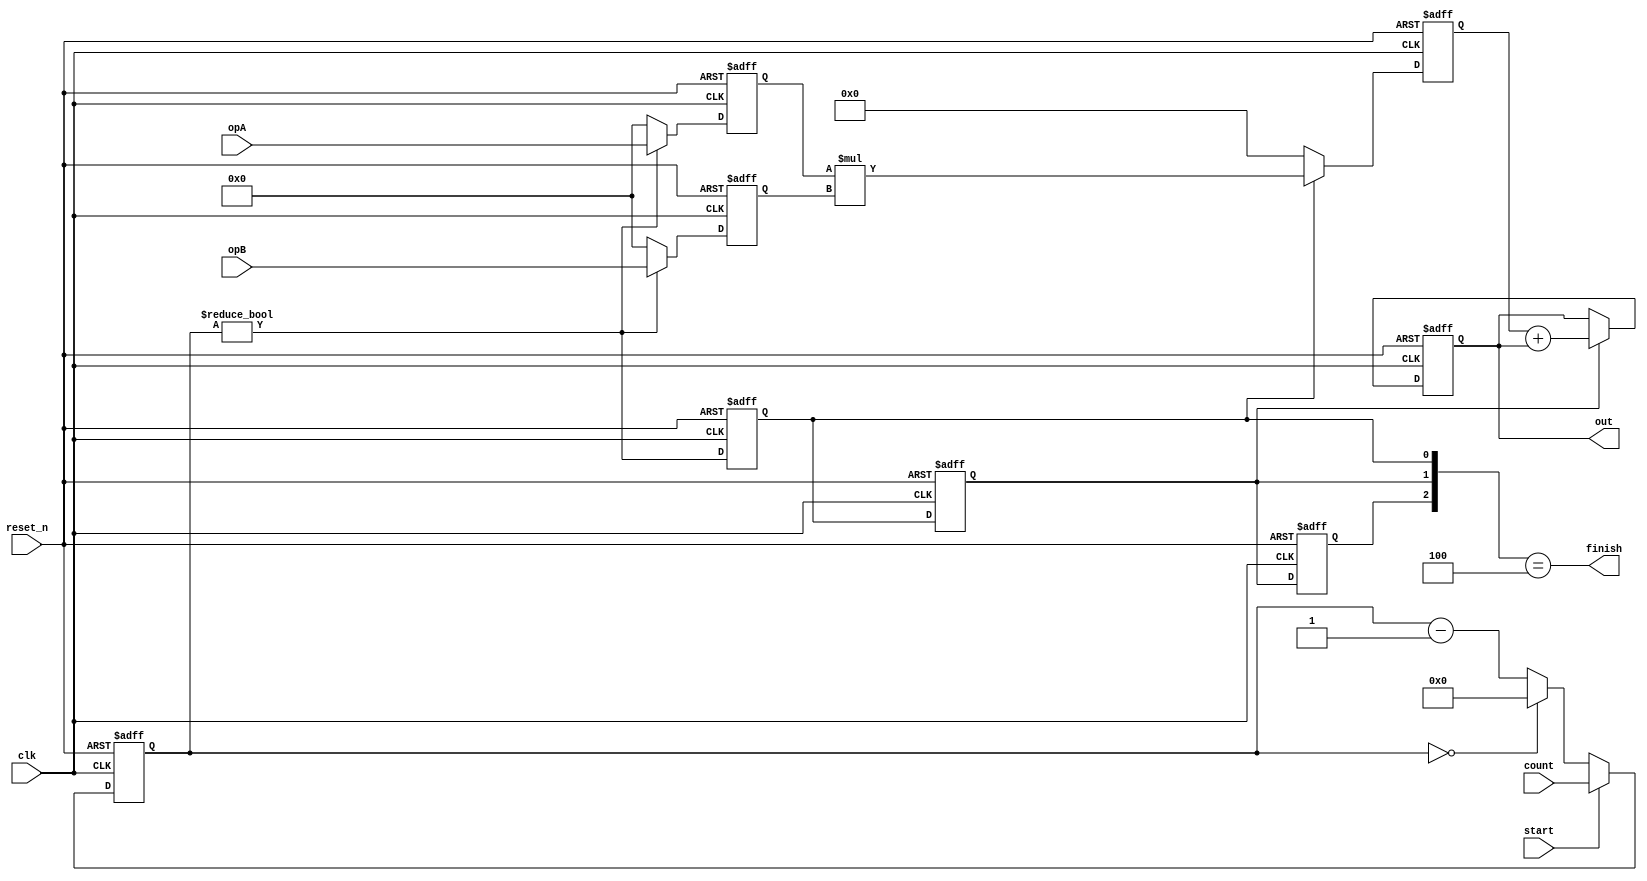
module pipeMAC (clk, reset_n, opA, opB, start, count, finish, out);
   input clk, reset_n;
   input start;
   input [4:0] count;
   input signed [7:0] opA, opB;
   
   output finish;
   output signed [15:0] out;

   //Pipe Reg0 - MUL - Pipe Reg1 - ADD - Pipe Reg2 ->OUT

   reg   [4:0] creg;
   wire   Zero = (creg == 0);   // counter is zero
   wire   en = (creg != 0); // en when counter reg is not zero
   
   
   //Simple Counter-based CTRL
   // If start -> Set creg to count. If Zero -> Stop decrement.
   always @(posedge clk or negedge reset_n) begin
      if (!reset_n)
         creg <= 0;
      else if (start)
         creg <= count;
      else if (Zero)
         creg <= 0;
      else
         creg <= creg - 1;
   end
      

   //DATAPATH (Declare any additional regs/wires if required.)
   reg signed [7:0] A_reg0, B_reg0;
   reg signed [15:0] AxB_reg1, ABplusC_reg2;
    reg en_reg0, en_reg1, en_reg2;
    wire signed [15:0] mul, acc;
   
   always @(posedge clk or negedge reset_n) begin
      if (!reset_n) begin
         en_reg0 <= 0;
         en_reg1 <= 0;
         en_reg2 <= 0;
      end
      else begin
         en_reg0 <= en;
         en_reg1 <= en_reg0;
         en_reg2 <= en_reg1;
      end
   end
   
   //Pipe Reg0
   always @(posedge clk or negedge reset_n) begin
      if (!reset_n) begin
         A_reg0 <= 0;
         B_reg0 <= 0;
      end
      else if (en) begin
         A_reg0 <= opA;
         B_reg0 <= opB;
      end
      else begin
         A_reg0 <= 0;
         B_reg0 <= 0;
      end
   //else     
   end

   //MUL
   assign mul = A_reg0 * B_reg0;
   
   //Pipe Reg1
   always @(posedge clk or negedge reset_n) begin
      if (!reset_n) begin
         AxB_reg1 <= 0;
      end
      else if (en_reg0) begin
         AxB_reg1 <= mul;
      end
      else begin
         AxB_reg1 <= 0;
      end
   end

   //ADD
   assign acc = AxB_reg1 + ABplusC_reg2;
   
   //Pipe Reg2
   always @(posedge clk or negedge reset_n) begin
      if (!reset_n) begin
         ABplusC_reg2 <= 0;
      end
      else if (en_reg1) begin
         ABplusC_reg2 <= acc;
      end
   end
   
   assign out = ABplusC_reg2;
   assign finish = {en_reg2, en_reg1, en_reg0} == 3'b100;
   

endmodule